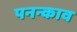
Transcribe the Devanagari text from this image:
पनन्काव